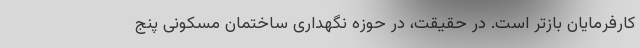
کارفرمایان بازتر است. در حقیقت، در حوزه نگهداری ساختمان مسکونی پنج